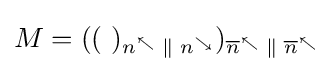
M=((~)_{n^{\nwarrow }\;\|\;n^{\searrow }})_{{\overline {n}}^{\nwarrow }\;\|\;{\overline {n}}^{\nwarrow }}